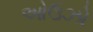
ઓઉઝો